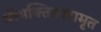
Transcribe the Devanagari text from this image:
श्रीभक्तिसारामृत